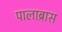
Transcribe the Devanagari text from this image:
पालाब्रास